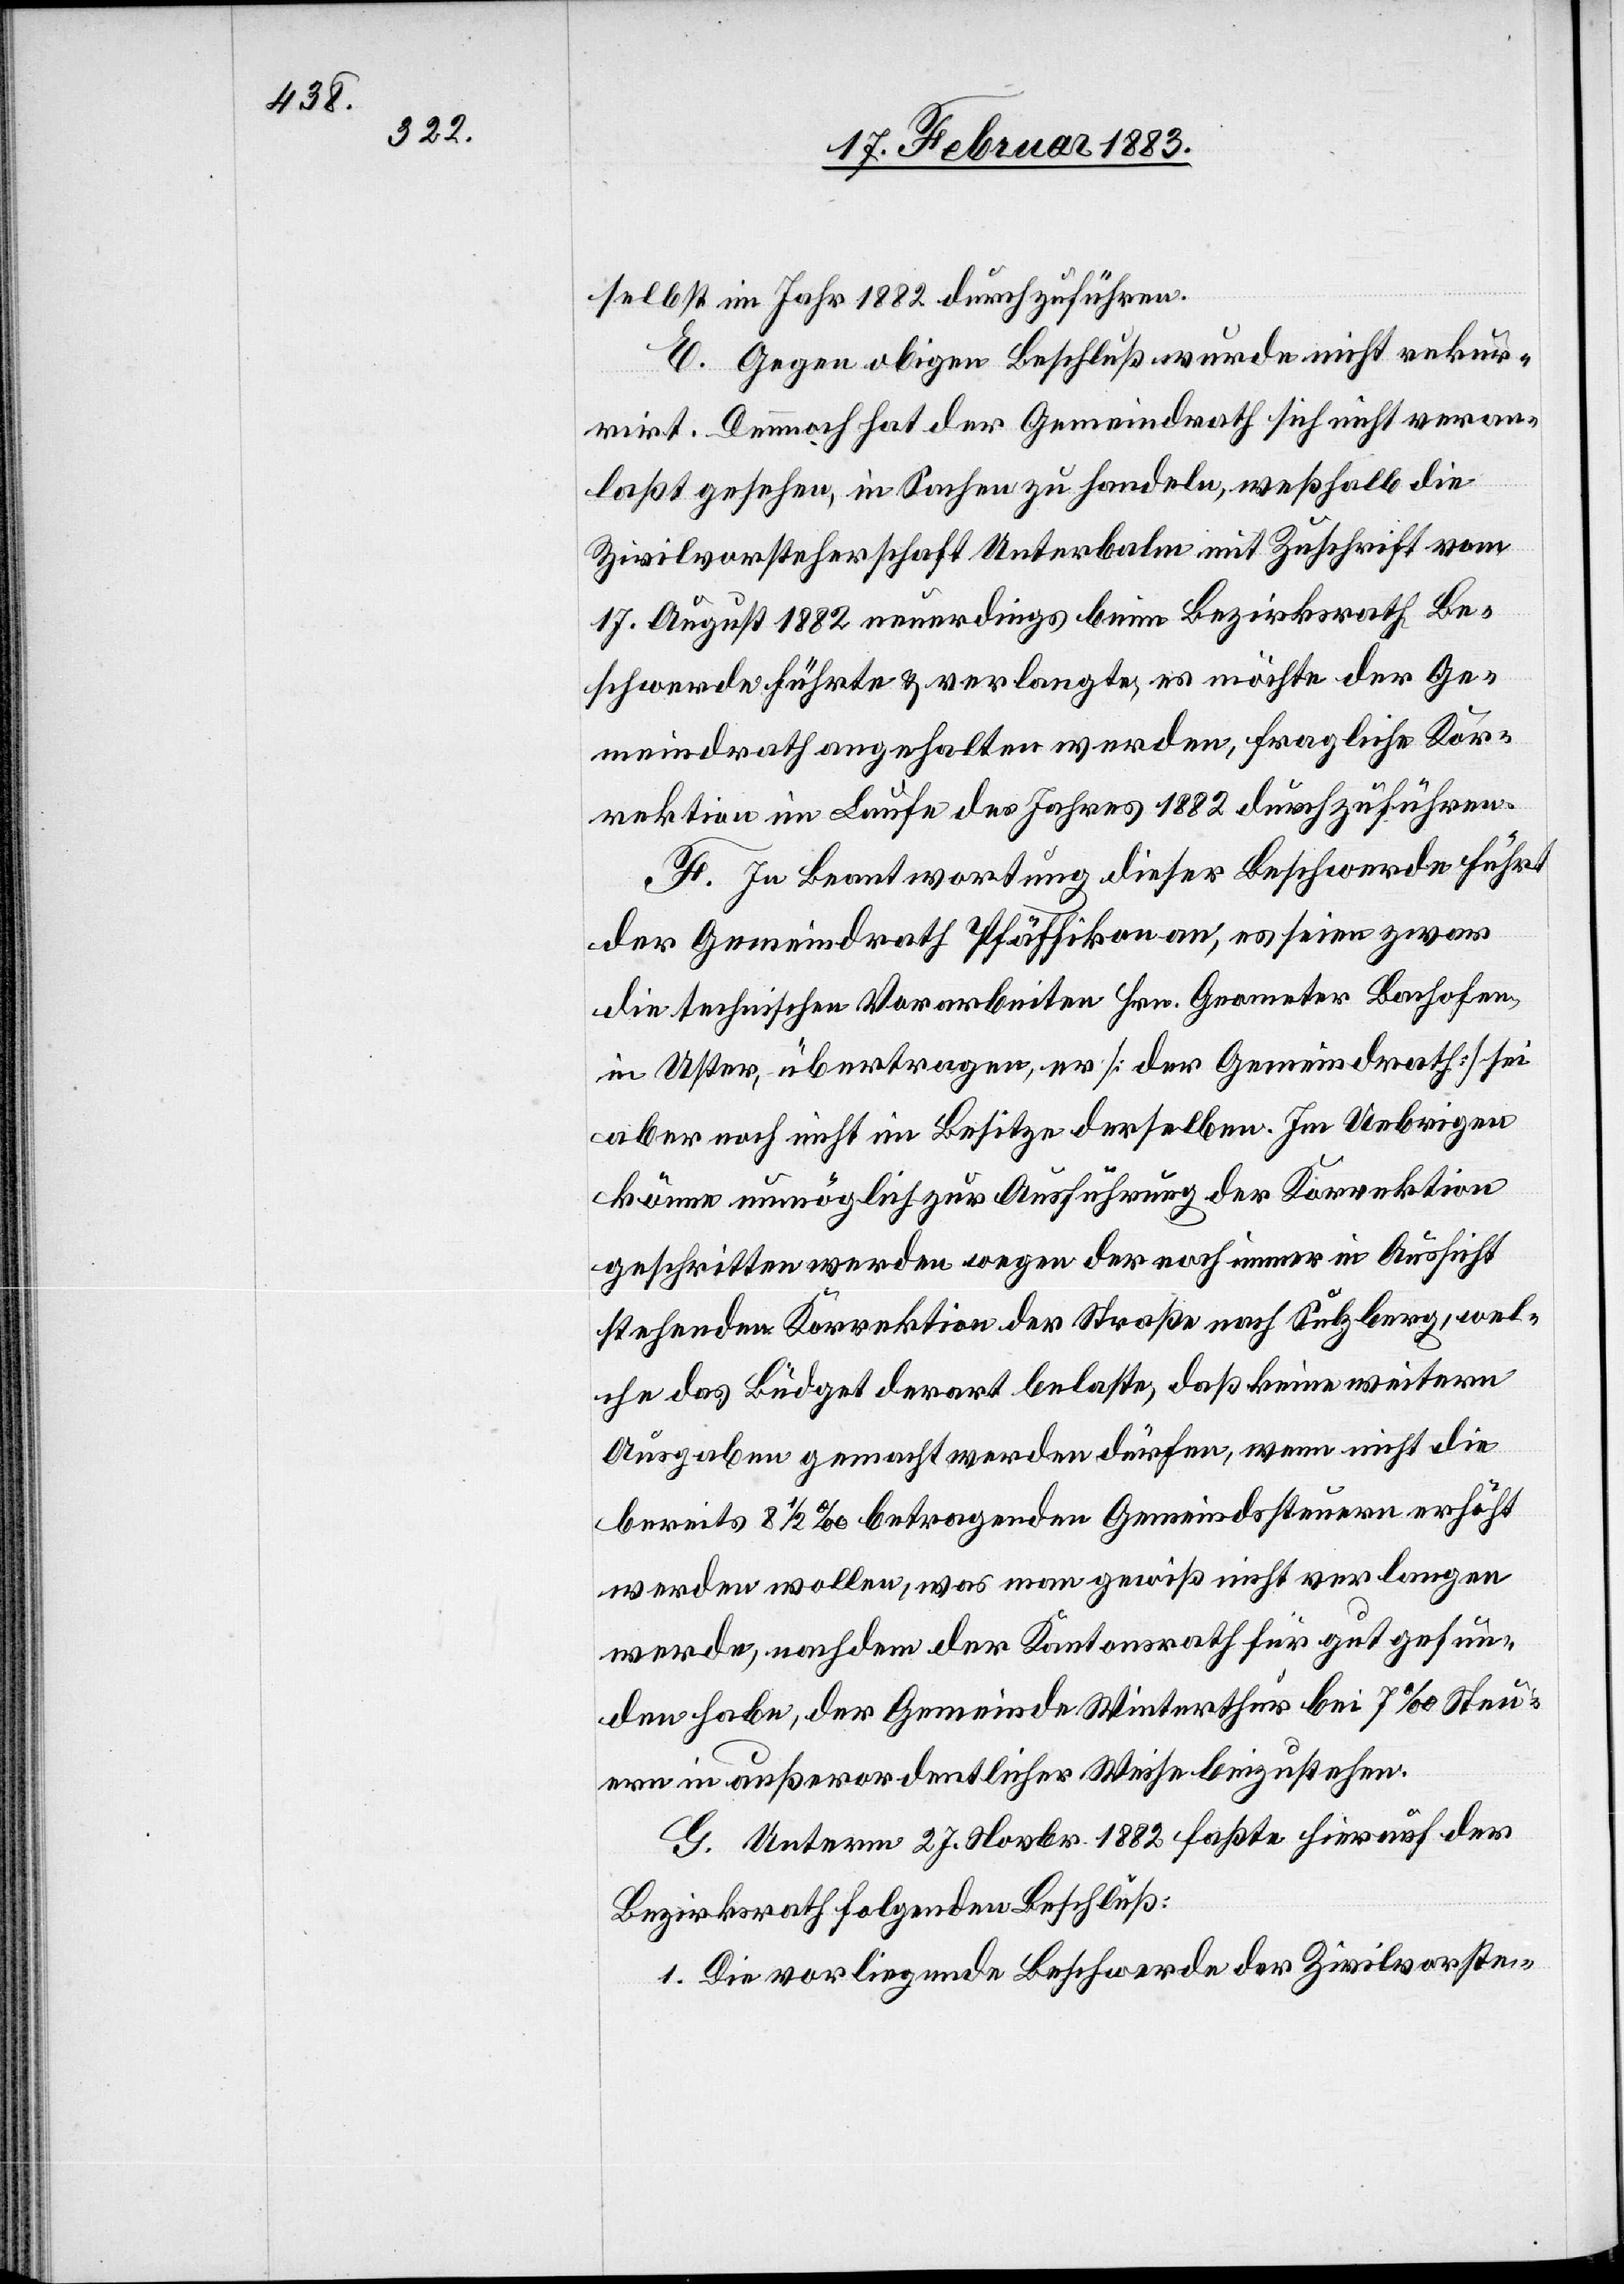
1882

E. Gegen obigen Beschluß wurde nicht rekur¬
rirt. Dennoch hat der Gemeindrath sich nicht veran¬
laßt gesehen, in Sachen zu handeln, weßhalb die
Zivilvorsteherschaft Unterbalm mit Zuschrift vom
17. August 1882 neuerdings beim Bezirksrath Be¬
schwerde führte & verlangte, es möchte der Ge¬
meindrath angehalten werden, fragliche Kor¬
rektion im Laufe des Jahres 1882 durchzuführen.
F. In Beantwortung dieser Beschwerde führt
der Gemeindrath Pfäffikon an, es seien zwar
die technischen Vorarbeiten Hrn. Geometer Bachofen,
in Uster, übertragen, er [der Gemeindrath] sei
aber noch nicht im Besitze derselben. Im Uebrigen
könne unmöglich zur Ausführung der Korrektion
geschritten werden wegen der noch immer in Aussicht
stehenden Korrektion der Straße nach Sulzberg, wel¬
che das Büdget derart belaste, daß keine weitern
Ausgaben gemacht werden dürfen, wenn nicht die
bereits 8 1/2‰ betragenden Gemeindssteuern erhöht
werden wollen, was man gewiß nicht verlangen
werde, nachdem der Kantonsrath für gut gefun¬
den habe, der Gemeinde Winterthur bei 7‰ Steu¬
ern in außerordentlicher Weise beizustehen.
G. Unterm 27. Novbr. 1882 faßte hierauf der
Bezirksrath folgenden Beschluß:
1. Die vorliegende Beschwerde der Zivilvorste-